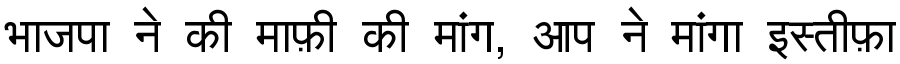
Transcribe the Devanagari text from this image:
भाजपा ने की माफ़ी की मांग, आप ने मांगा इस्तीफ़ा